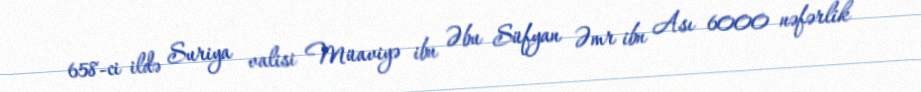
658-ci ildə Suriya valisi Müaviyə ibn Əbu Süfyan Əmr ibn Ası 6000 nəfərlik